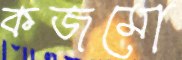
কজমো